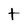
Character: t